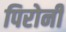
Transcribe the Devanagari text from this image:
पिरोनी